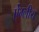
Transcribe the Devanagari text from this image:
ऐंग्लीय